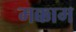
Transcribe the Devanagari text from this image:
मक्काम